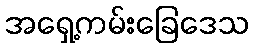
အရှေ့ကမ်းခြေဒေသ